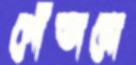
গোঁতাবো